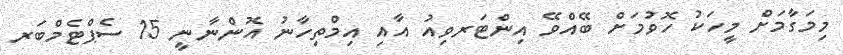
މިމަގާމަށް މީހަކު ހޮވުމަށް ބޭއްވޭ އިންޓަރވިއު އާއި އިމްތިހާނު އޮންނާނީ 15 ސެޕްޓެމްބަރ